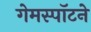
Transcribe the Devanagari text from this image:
गेमस्पॉटने